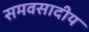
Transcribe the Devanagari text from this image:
समवसादीय